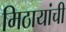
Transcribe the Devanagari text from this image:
मिठायांची